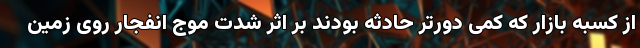
از کسبه بازار که کمی دورتر حادثه بودند بر اثر شدت موج انفجار روی زمین